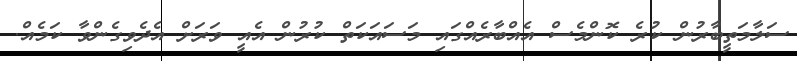
ސަލާމަތީބާރުން ކުރެ ކޮންމެސް އެއްބާރެއްގައި މަސައަކަތް ކުރުން އެއީ ވަރަށް އެދެވިގެންވާ ކަމެއް.